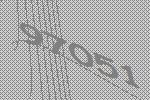
97051